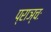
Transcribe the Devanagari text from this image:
प्राञ्चः